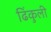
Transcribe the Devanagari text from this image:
ढिंकुली